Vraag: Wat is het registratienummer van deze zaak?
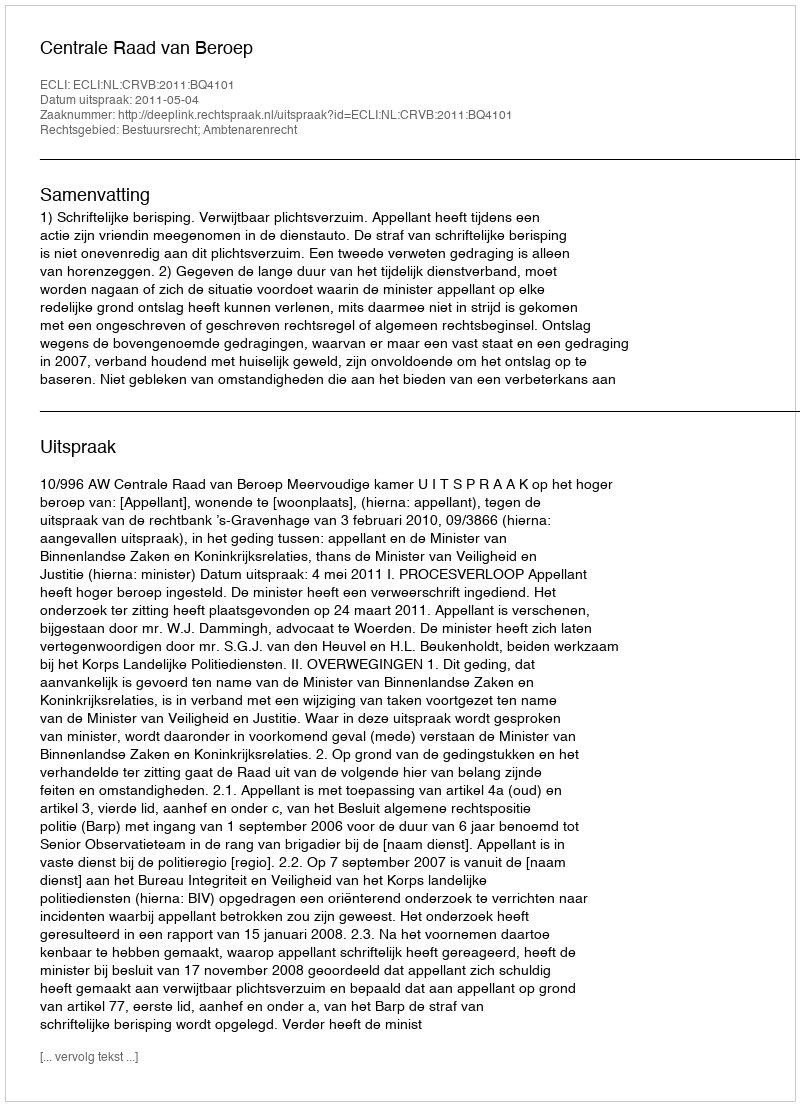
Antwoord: http://deeplink.rechtspraak.nl/uitspraak?id=ECLI:NL:CRVB:2011:BQ4101